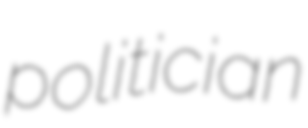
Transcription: politician